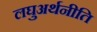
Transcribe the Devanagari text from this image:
लघुअर्थनीति